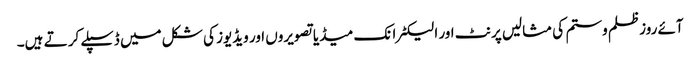
آئے روزظلم وستم کی مثالیں پرنٹ اور الیکٹرانک میڈیا تصویروں اور ویڈیوز کی شکل میں ڈسپلے کر تے ہیں۔